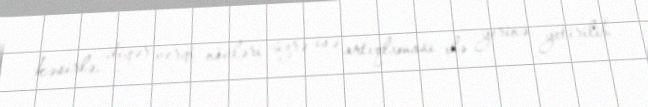
kəsirlə, digər vergi növləri üzrə isə artıqlaması ilə yerinə yetirilib.